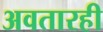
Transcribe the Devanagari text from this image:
अवतारही